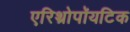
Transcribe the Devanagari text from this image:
एरिथ्रोपॉयटिक